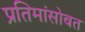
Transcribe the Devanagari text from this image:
प्रतिमांसोबत